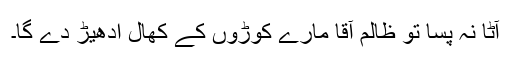
آٹا نہ پسا تو ظالم آقا مارے کوڑوں کے کھال ادھیڑ دے گا۔